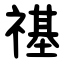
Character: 禥